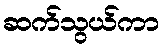
ဆက်သွယ်ကာ